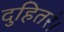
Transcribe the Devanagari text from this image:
दुहितरं।